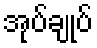
အုပ်ချုပ်